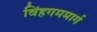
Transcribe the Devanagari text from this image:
विंहगममार्ग